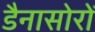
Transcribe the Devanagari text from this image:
डैनासोरों